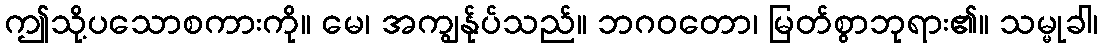
ဤသို့ပသောစကားကို။ မေ၊ အကျွန်ုပ်သည်။ ဘဂဝတော၊ မြတ်စွာဘုရား၏။ သမ္မုခါ၊